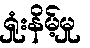
ရှုံးနိမ့်မှု